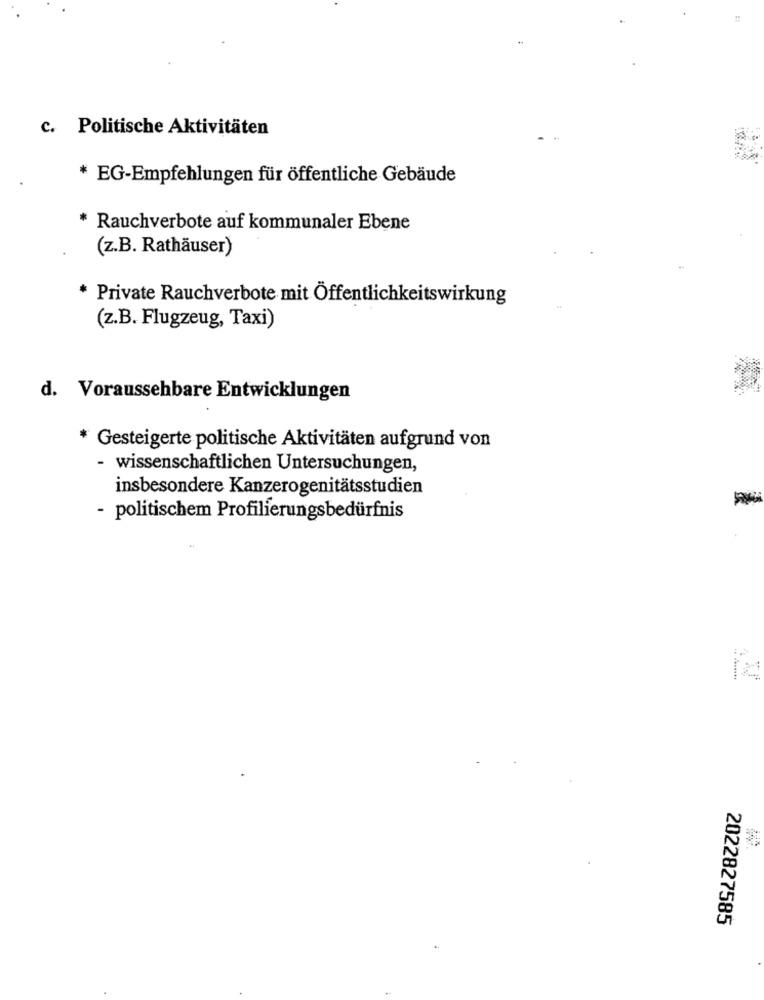
c. Politische Aktivitäten
* EG-Empfehlungen für öffentliche Gebäude
* Rauchverbote auf kommunaler Ebene
(z.B. Rathäuser)
* Private Rauchverbote mit Öffentlichkeitswirkung
(z.B. Flugzeug, Taxi)
d. Voraussehbare Entwicklungen
* Gesteigerte politische Aktivitäten aufgrund von
- wissenschaftlichen Untersuchungen,
insbesondere Kanzerogenitätsstudien
- politischem Profilierungsbedürfnis
2022827585